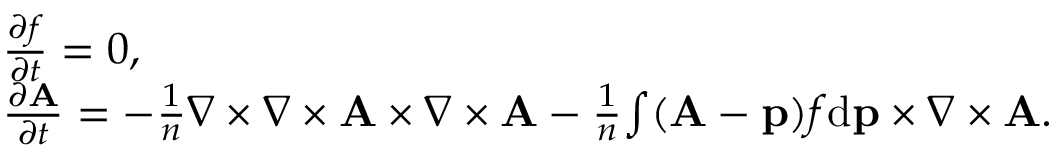
\begin{array} { r l } & { \frac { \partial f } { \partial t } = 0 , } \\ & { \frac { \partial { \mathbf A } } { \partial t } = - \frac { 1 } { n } { \nabla \times \nabla \times { \mathbf A } } \times { \nabla \times { \mathbf A } } - \frac { 1 } { n } { \int ( { \mathbf A } - { \mathbf p } ) f \mathrm { d } { \mathbf p } } \times { \nabla \times { \mathbf A } } . } \end{array}